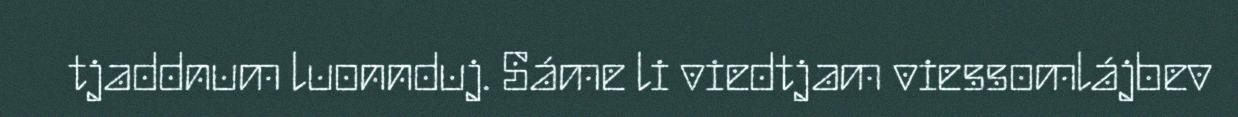
tjaddnum luonnduj. Sáme li viedtjam viessomlájbev